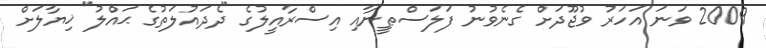
2009 ވަނަ އަހަރު ވުޖޫދަށް ގެނެވުނު ފަލަސްޠީނާއި އިސްރާއީލުގެ "ދެދައުލަތުގެ ޙައްލު" ޚިޔާލަށް